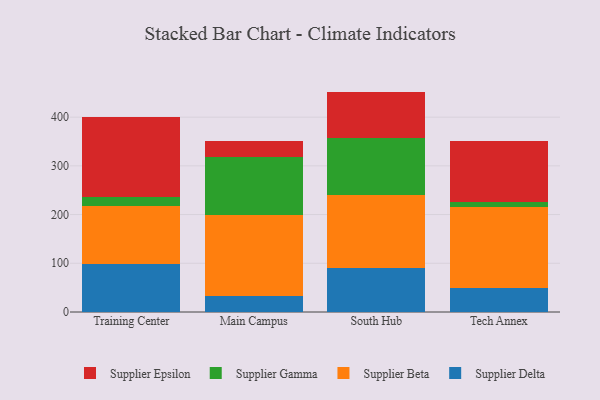
{"axis": {"x": "Campus", "y": "Revenue (USD Million)"}, "legend": ["Supplier Beta", "Supplier Delta", "Supplier Epsilon", "Supplier Gamma"], "data": [{"x": "Training Center", "y": 98.3, "type": "Supplier Delta"}, {"x": "Training Center", "y": 119.4, "type": "Supplier Beta"}, {"x": "Training Center", "y": 18.7, "type": "Supplier Gamma"}, {"x": "Training Center", "y": 164.4, "type": "Supplier Epsilon"}, {"x": "Main Campus", "y": 31.9, "type": "Supplier Delta"}, {"x": "Main Campus", "y": 166.6, "type": "Supplier Beta"}, {"x": "Main Campus", "y": 120.0, "type": "Supplier Gamma"}, {"x": "Main Campus", "y": 32.6, "type": "Supplier Epsilon"}, {"x": "South Hub", "y": 90.8, "type": "Supplier Delta"}, {"x": "South Hub", "y": 148.5, "type": "Supplier Beta"}, {"x": "South Hub", "y": 118.0, "type": "Supplier Gamma"}, {"x": "South Hub", "y": 95.1, "type": "Supplier Epsilon"}, {"x": "Tech Annex", "y": 48.9, "type": "Supplier Delta"}, {"x": "Tech Annex", "y": 166.0, "type": "Supplier Beta"}, {"x": "Tech Annex", "y": 11.3, "type": "Supplier Gamma"}, {"x": "Tech Annex", "y": 125.7, "type": "Supplier Epsilon"}]}